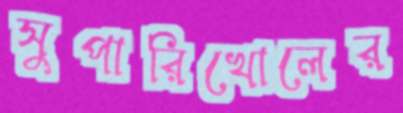
সুপারিখোলের